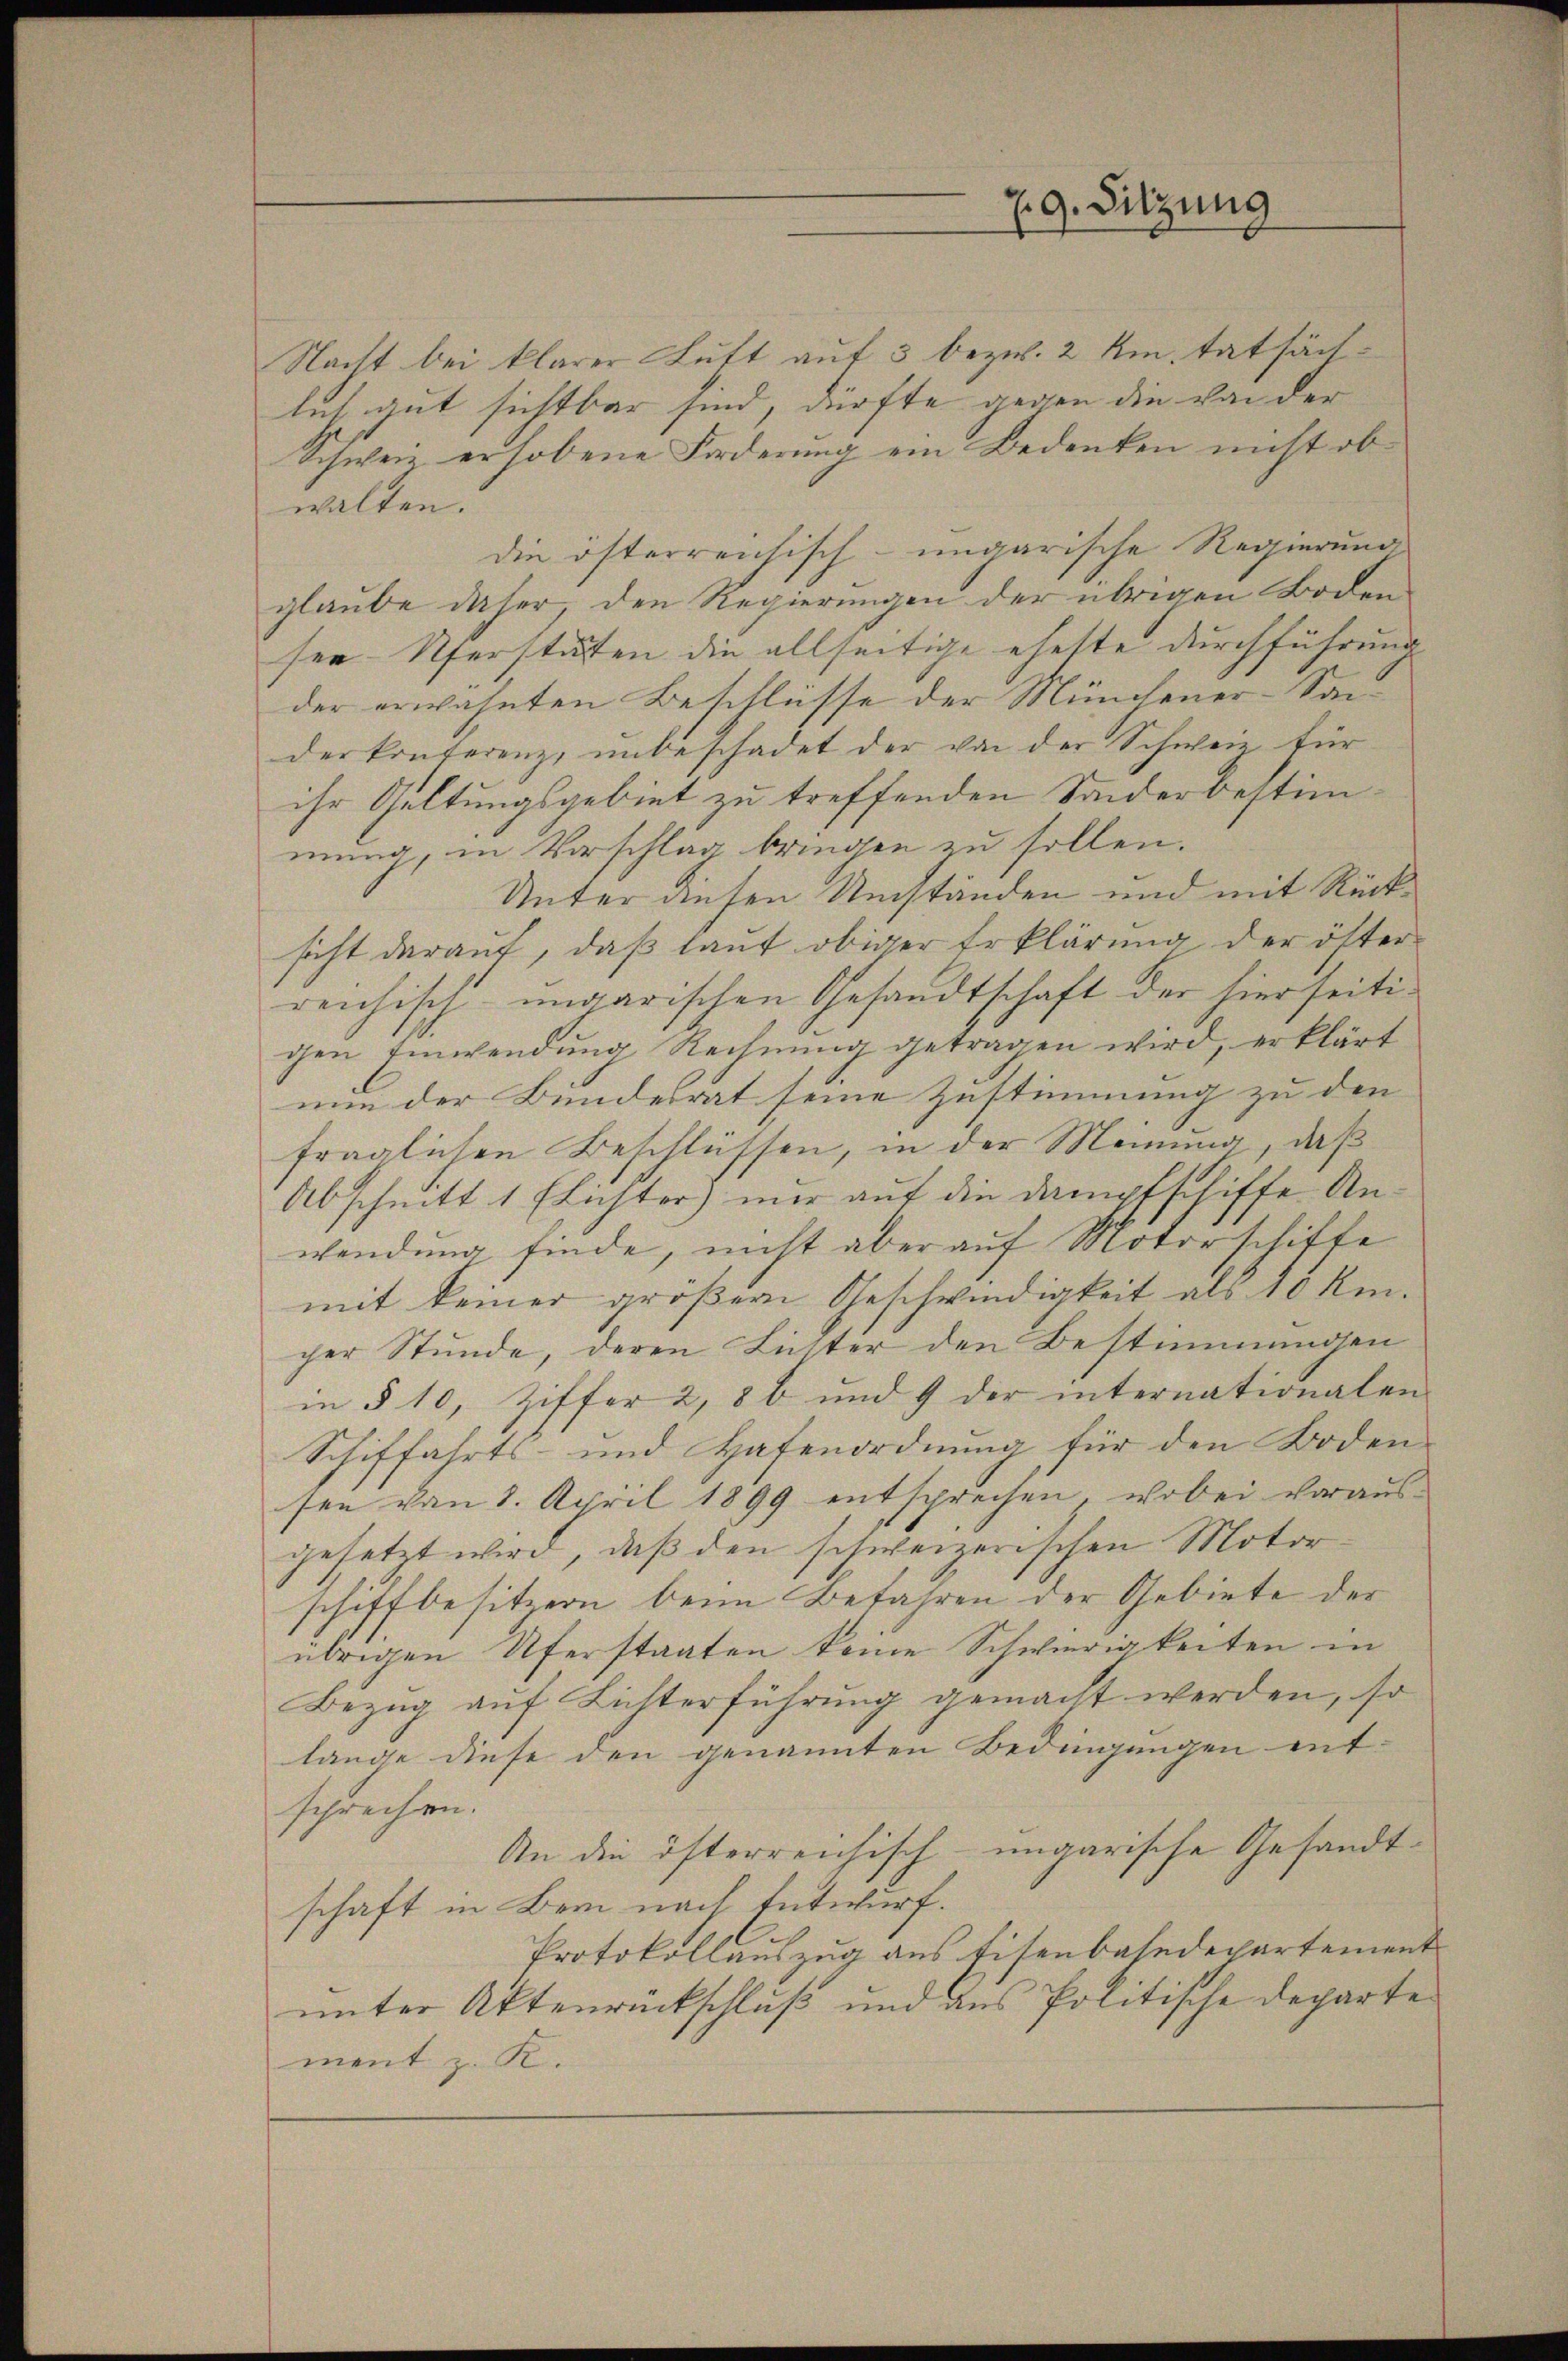
79. Sitzung

Nacht bei klarer Luft auf 3 bezw. 2 km. tatsächlut gut sichtbar sind, dürfte gegen die von der
Schweiz erhobene Forderung ein Bedenken nicht obwalten.
die österreichisch-ungarische Regierung
glaube daher, den Regierungen der übrigen Boden
see Nerstäten die allseitige ehette durchführung
der erwähnten Beschlüsse der Münchener-Saiderkonferenz, unbeschadet der von der Schweiz für
ihr Geltungsgebiet zu treffenden Sonderbestimmung, in Vorschlag bringen zu sollen.
Unter diesen Umständen und mit Rücksicht darauf, daß laut obiger Erklärung der öster
reichisch-ungarischen Gesandtschaft der hierseitigen Einwendung Rechnung getragen wird, erklärt
min der Bundesrat seine Zustimmung zu den
fraglichen Beschlüssen, in der Meinung, daß
Abschnitt 1 Elichter mir auf die Dampfschiffe Anwendung finde, nicht aber auf Motorschiffe
mit keiner größern Geschwindigkeit als 10 km.
cher Stunde, deren Lutter den Bestimmungen
in § 10, Ziffer 2, 8 b und 9 der internationalen
Schiffahrts- und Hafenordnung für den Boden-
sen von 8. April 1899 entsprechen, wobei voraus-
gesetzt wird, daß den schweizerischen Motorschiffbesitzern beim Befahren der Gebiete der
übrigen Uferstaaten keine Schwierigkeiten in
Bezug auf Lichterführung gemacht werden, so
lange diese den genannten Bedingungen entsprechen.
An die österreichisch-ungarische Gesandtschaft in Bern nach Entwurf.
Protokollauszug aus Eisenbahndepartement
unter Aktenrückschluß und aus Politische Departe
ment z. R.